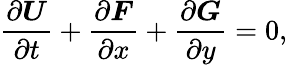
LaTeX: \frac{\partial\boldsymbol{U}}{\partial t}+\frac{\partial\boldsymbol{F}}{\partial x}+\frac{\partial\boldsymbol{G}}{\partial y}=0,